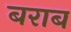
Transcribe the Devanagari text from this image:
बराब